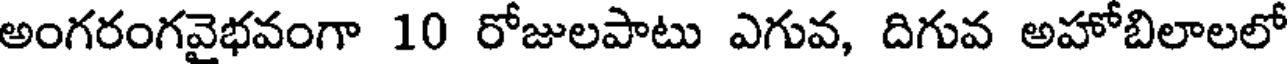
అంగరంగవైభవంగా 10 రోజులపాటు ఎగువ, దిగువ అహోబిలాలలో